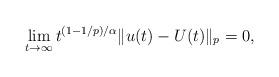
LaTeX: \begin{align*}\lim_{t\to\infty}t^{ (1-1/p)/\alpha}\|u(t)-U(t)\|_p= 0,\end{align*}